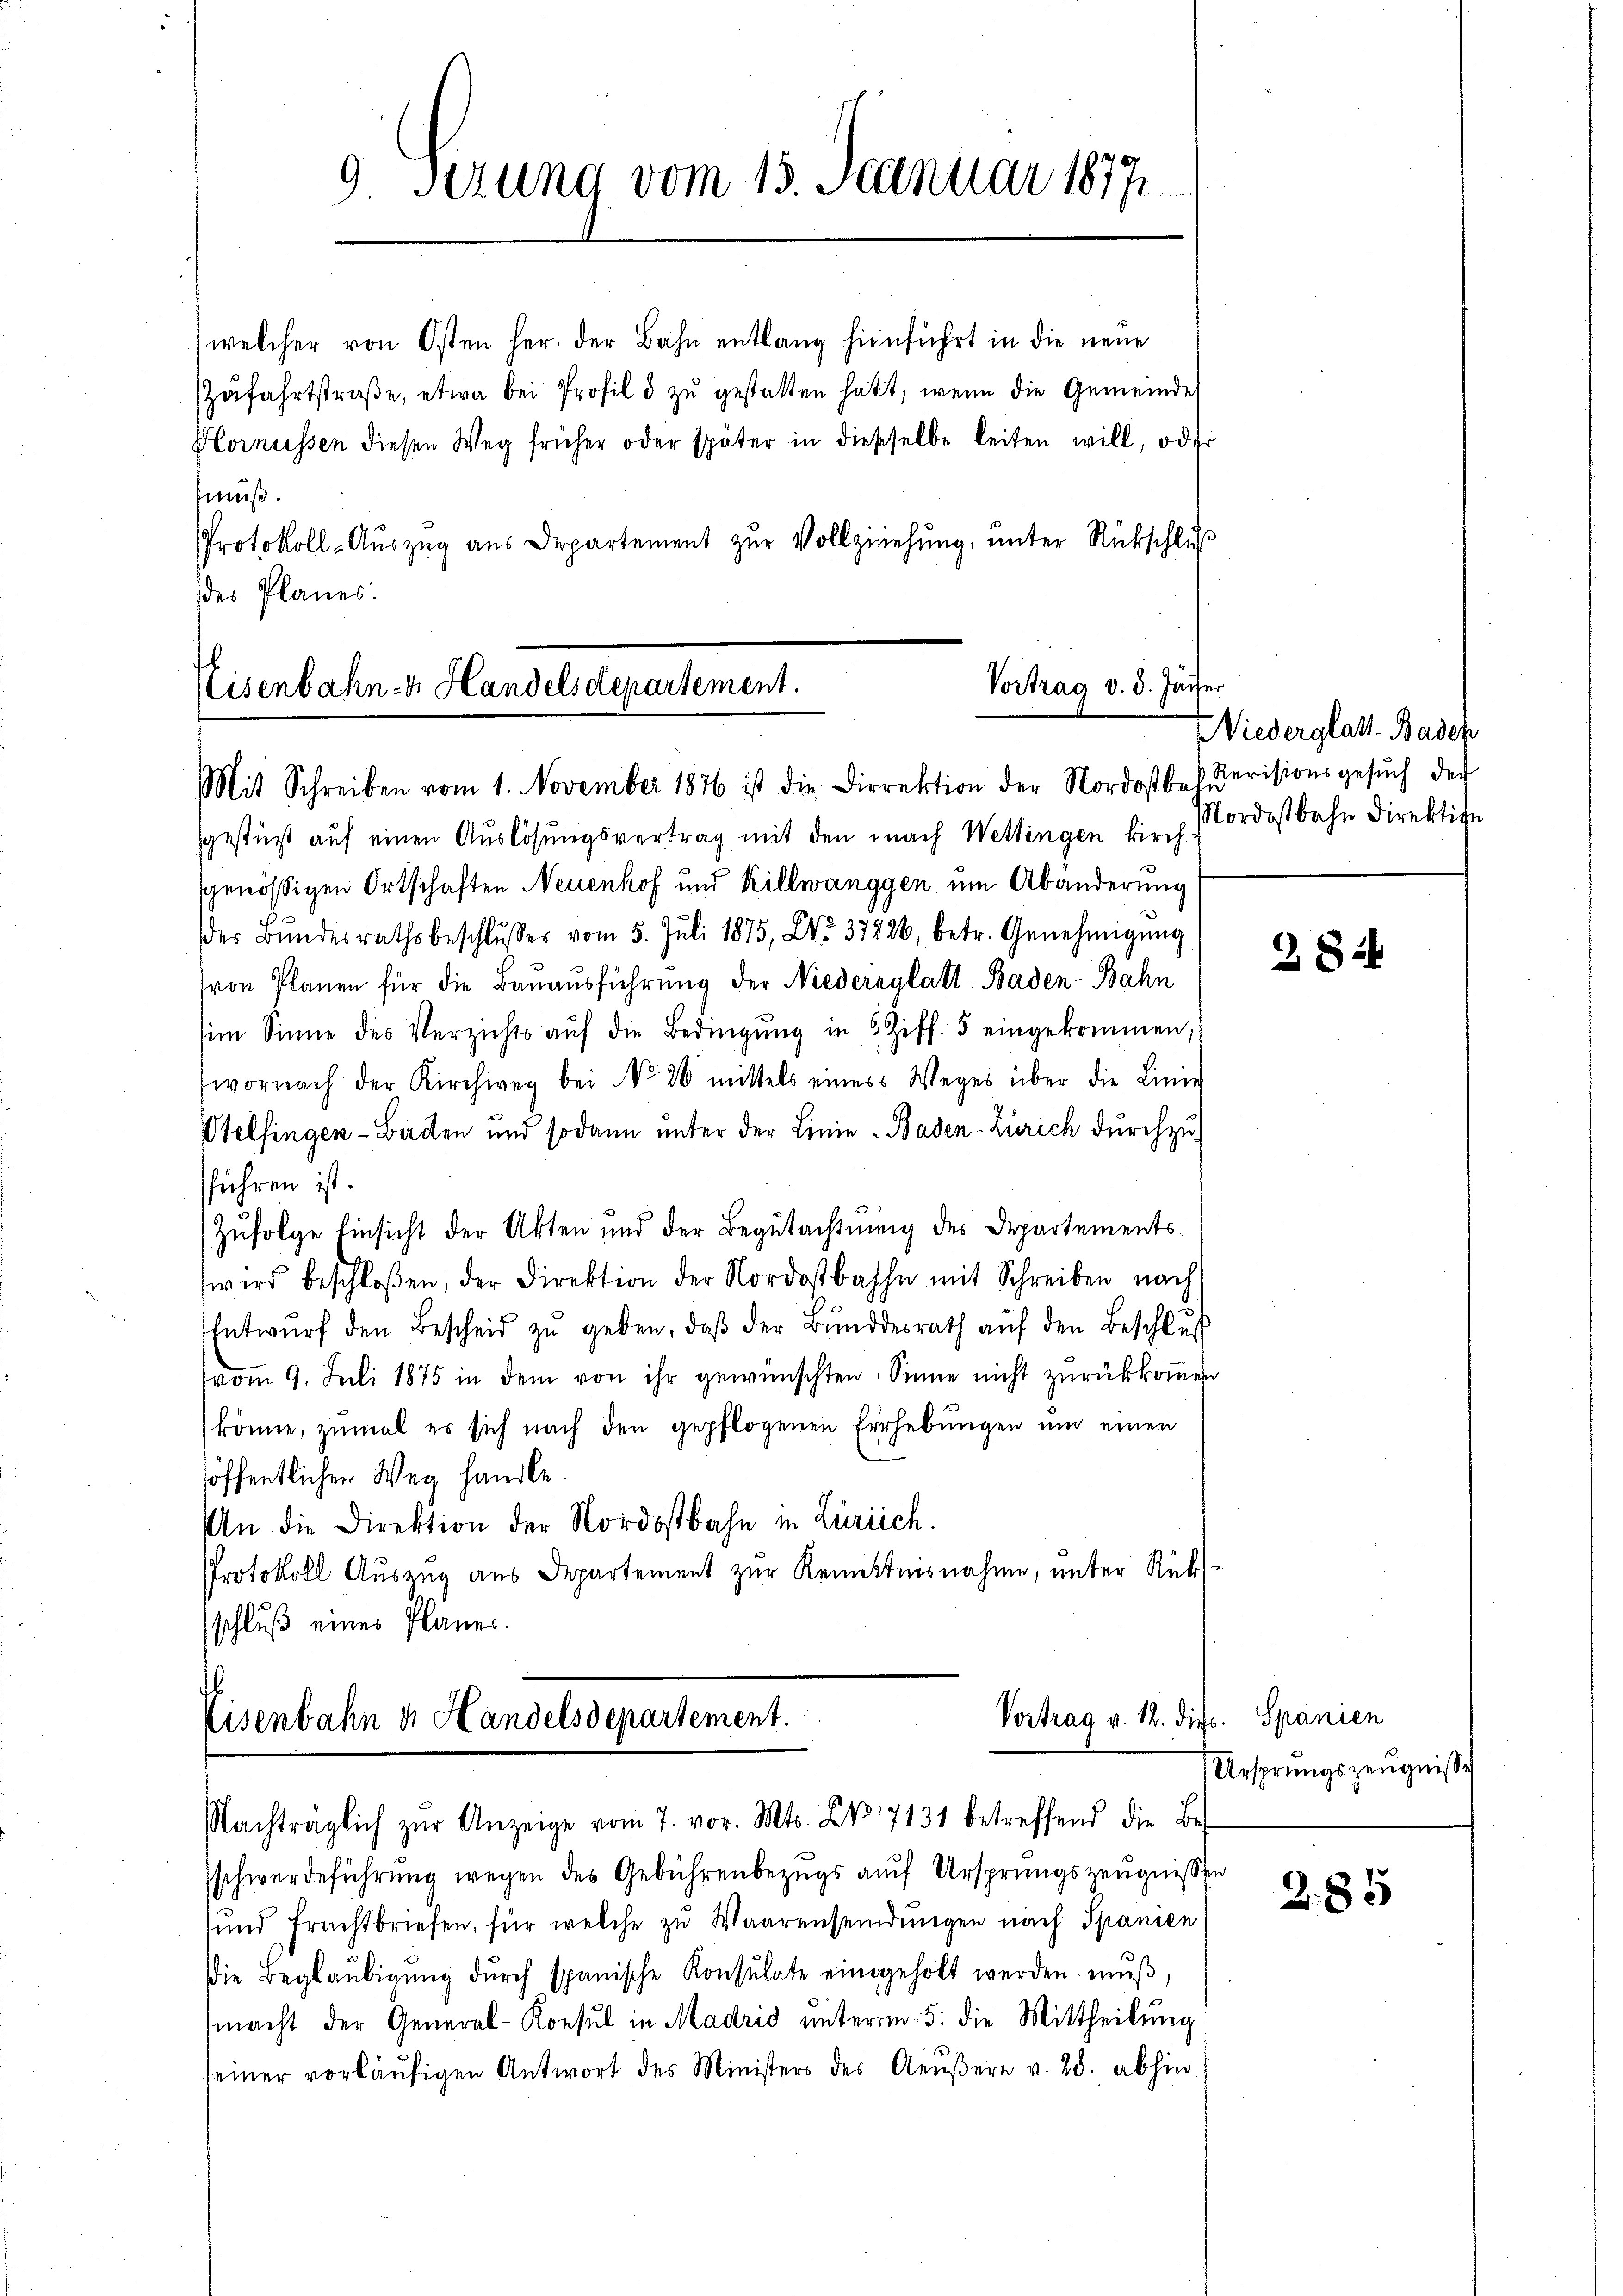
9 Serung vom 15. Januar 1877

welcher von Osten her, der Bahn entlang hierführt in die neue
Zŭfahrtstraβe, etwa bei Profil & zu gestatten habt, wenn die Gemeinde
Hornüssen diesen Weg früher oder später in dieseselbe leiten will, oder
muß.
PProtokoll-Auszug aus Departement zur Vollziehung, unter Rückschluß
des Planes.

Vortrag v. 3. Jächer
Nisenbahn - Handelsdepartement.
Mit Schreiben vom 1. November 1876 ist die Direktion der Nordostbah. Devisionsgesŭch der

sgestürt auf einen Auslösungsvertrag mit den nach Wettingen kirchsgenössigen Ortschaften Neuenhof und Killwanggen um Abänderung
des Bŭndesrathsbeschlŭsses vom 5. Jŭli 1875, No. 37226, betr. Genehmigŭng
(von Planen für die Bauausführung der Niederglatt - Baden-Bahn
sim Sinne des Verzichts aŭf die Bedingŭng in 2 Ziff. 3 eingekommen,
wornach der Kirchweg bei No 26 mittels eines Weges über die Linie
Otelfingen - Baden und sodann unter der Linie - Baden-Zürich durchzu-
sführen ist.
Zufolge Einsicht der Akten und der Begutachtung des Departementswird beschloßen, der Direktion der Nordostbahn mit Schreiben nach
Entwŭrf den Bescheid zŭ geben, daβ der Bŭndesrath aŭf den Beschlŭs
vom 9. Juli 1875 in dem von ihr gewünschten Sinne nicht zurückkoṁen
könne, zŭmal es sich nach den gepflogenen Erhebŭngen ŭm einen
höffentlichen Weg handle.
An die Direktion der Nordostbahn in Zürich.
Protokoll Auszug aus Departement zur Kenntnisnahme, unter Rückschluß eines Planes.

Vortrag v. 12. dies. Spanien
Eisenbahn u. Handelsdepartement.
Nachträglich zŭr Anzeige vom 7. vor. Mts. Z. 7131 betreffend die Bes

schwerdeführung wegen des Gebührenbezugs auf Ursprungszeugnissen
ŭnd Frachtbriefen, für welche zŭ Waarenseidŭngen nach Spanien
Die Beglaŭbigŭng dŭrch spanische Konsulate eingeholt werden mŭβ,
macht der General-Konsul in Madris unterm 5. die Mittheilung
seiner vorläŭfigen Antwort des Ministers des Aeußere v. 28. abhin

Niederglatt. Badep
Nordostbahn Direktion

28.

Ursprungszeugnisse

Z. 85